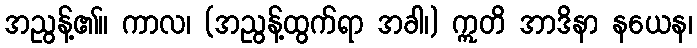
အညွန့်၏။ ကာလ၊ (အညွန့်ထွက်ရာ အခါ၊) ဣတိ အာဒိနာ နယေန၊